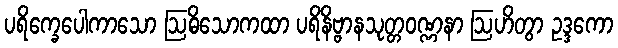
ပရိက္ခေပေါကာသော ဩဓိသောကထာ ပရိနိဗ္ဗာနသုတ္တဝဏ္ဏနာ ဩဟိတွာ ဥဒ္ဒကော